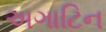
અગાટિન